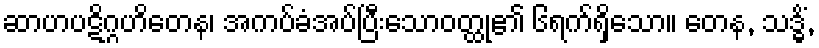
ဆာဟပဋိဂ္ဂဟိတေန၊ အကပ်ခံအပ်ပြီးသောဝတ္ထု၏ ၆ရက်ရှိသော။ တေန, သဒ္ဓိံ,